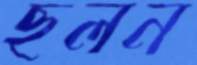
ছলন